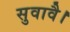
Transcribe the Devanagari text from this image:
सुवावै।